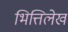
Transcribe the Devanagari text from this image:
भित्तिलेख